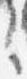
之